65_HS1-834228961_62-HQ-83894_Serial_438
Agency: FBI
Page 32
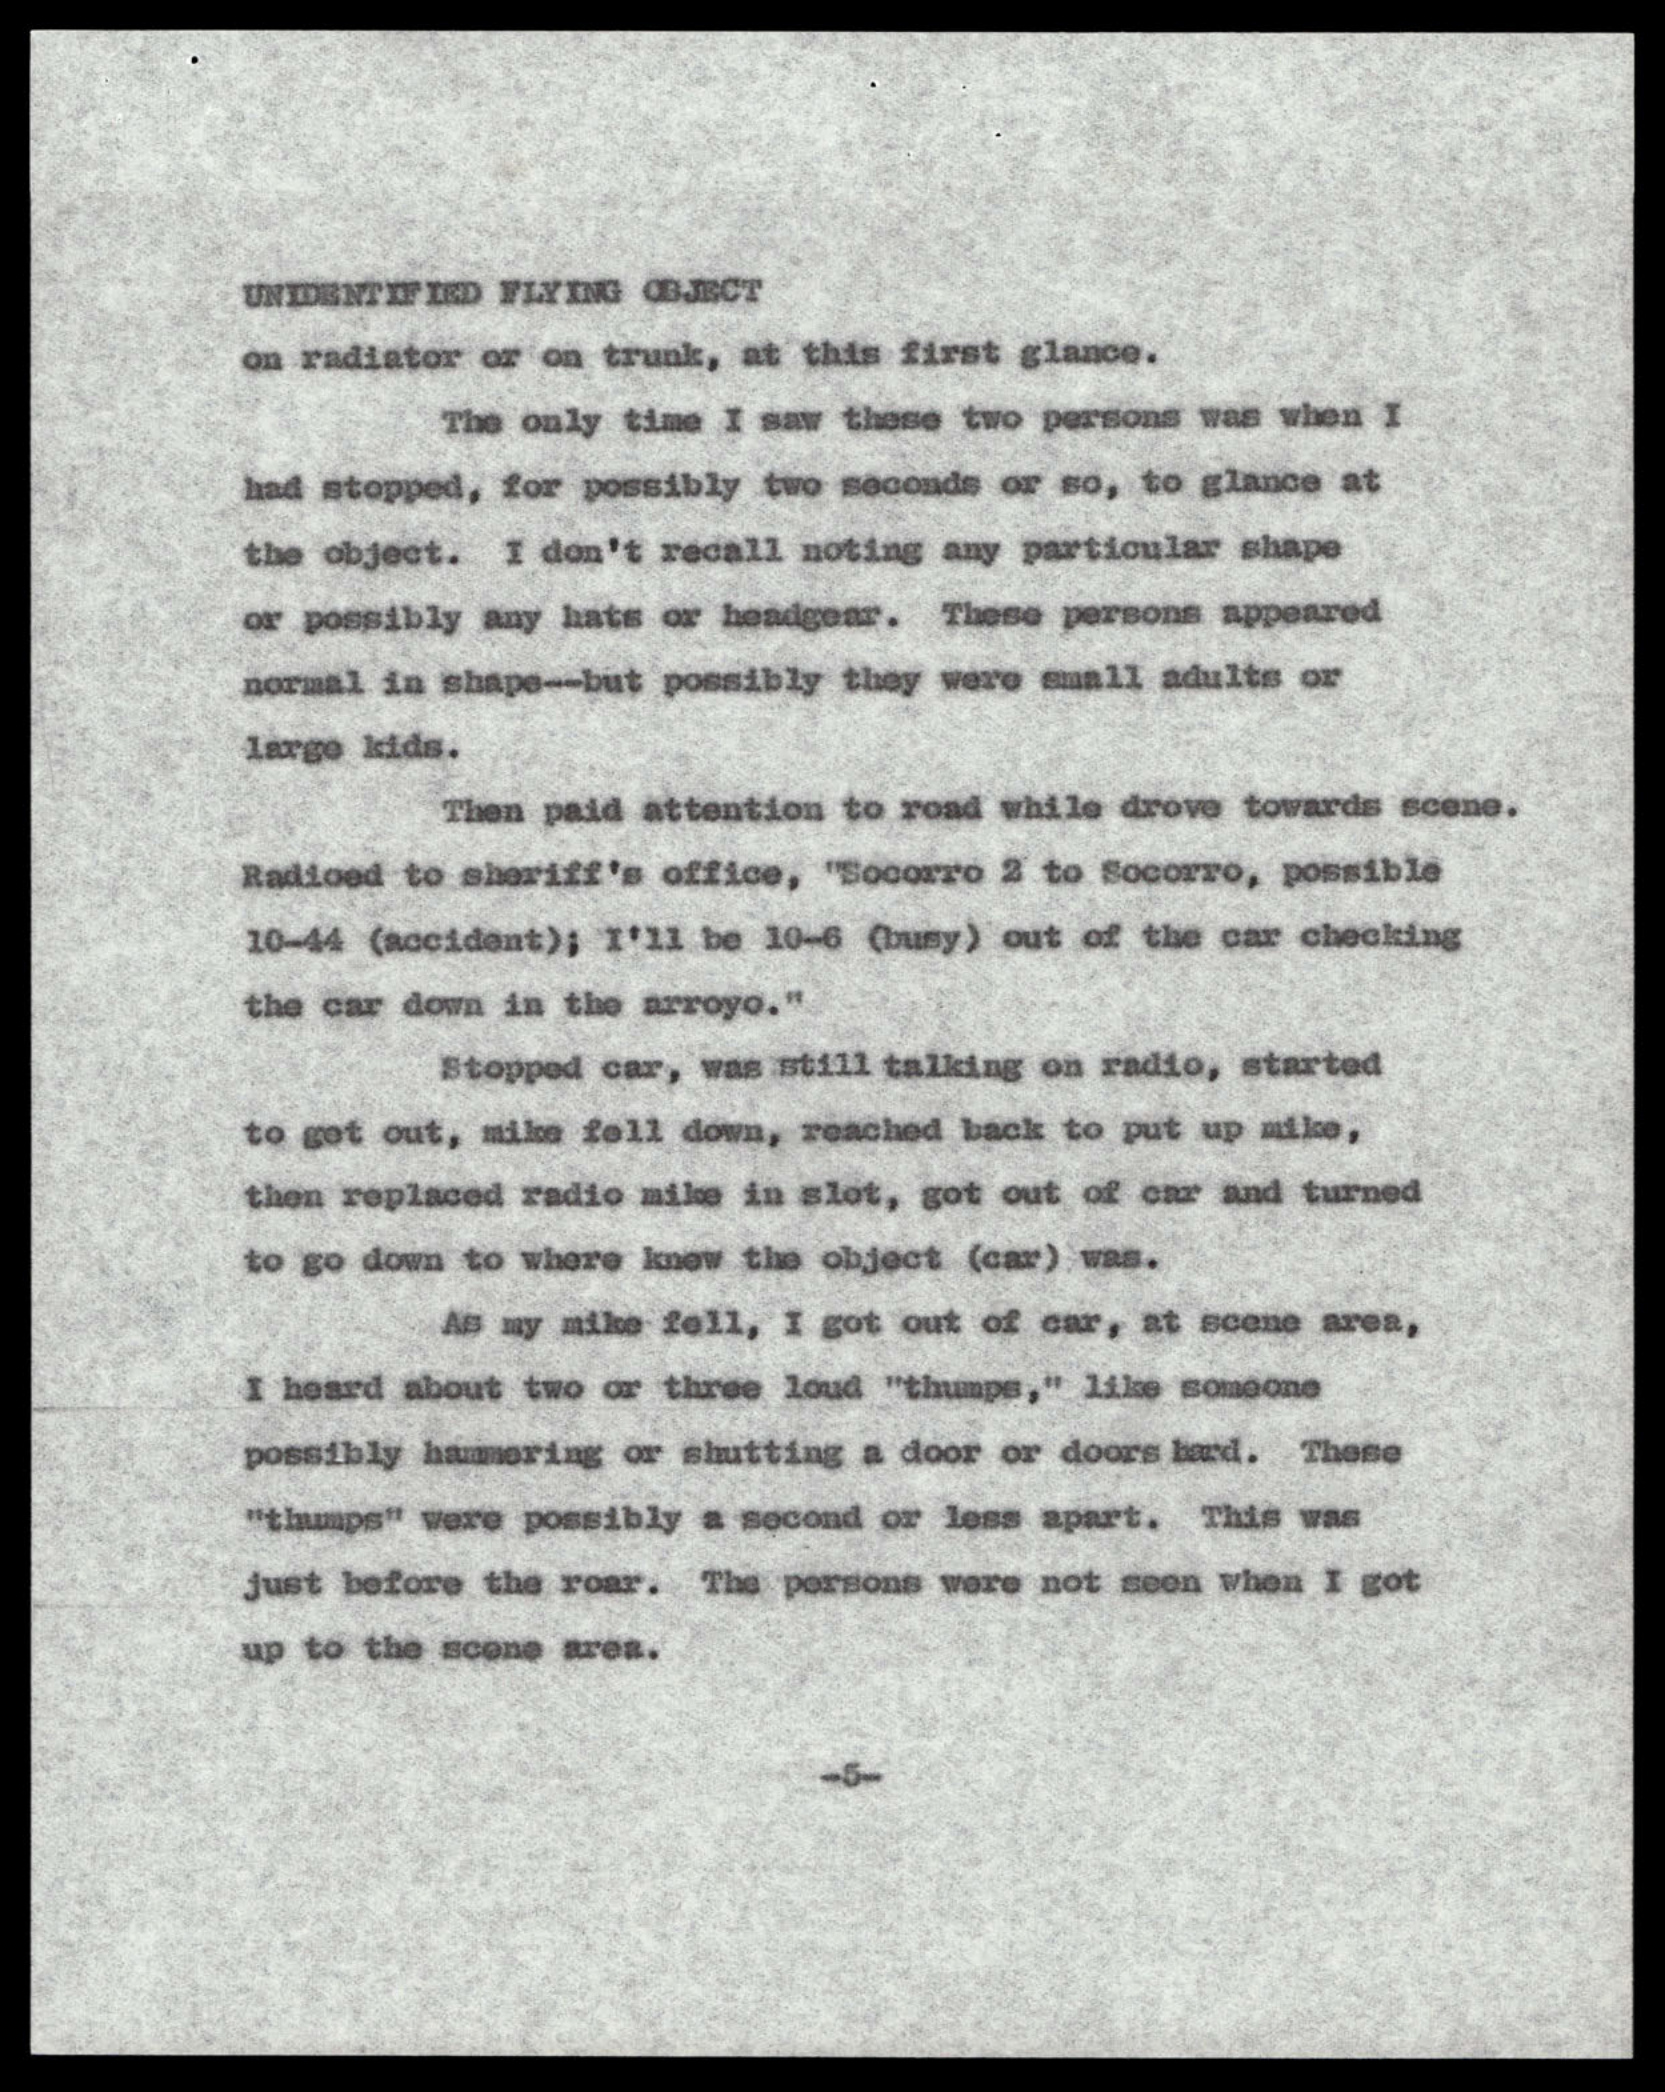